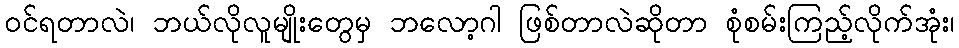
ဝင်ရတာလဲ၊ ဘယ်လိုလူမျိုးတွေမှ ဘလော့ဂါ ဖြစ်တာလဲဆိုတာ စုံစမ်းကြည့်လိုက်အုံး၊